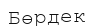
Бөрдек